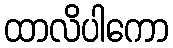
ထာလိပါကော